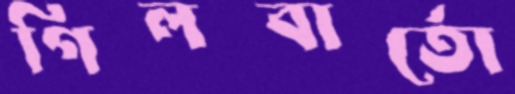
গিলবার্তো